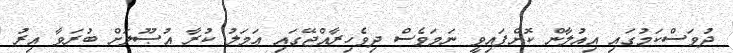
ދުވަސްކަމުގައި އިއުލާން ކޮށްފައިވީ ނަމަވެސް ދިވެހިރާއްޖޭގައި ޢަމަލު ކުރާ އުޞޫލަށް ބުރަވާ އިރު